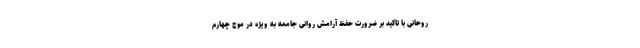
روحانی با تاکید بر ضرورت حفظ آرامش روانی جامعه به ویژه در موج چهارم